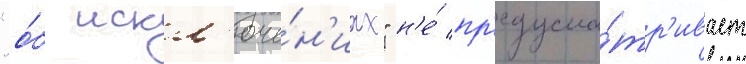
"о́б искл'юче́н'иах" н'е́ пр'едусма́тр'ивает